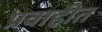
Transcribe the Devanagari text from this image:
प्रवाहीत